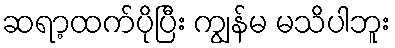
ဆရာ့ထက်ပိုပြီး ကျွန်မ မသိပါဘူး